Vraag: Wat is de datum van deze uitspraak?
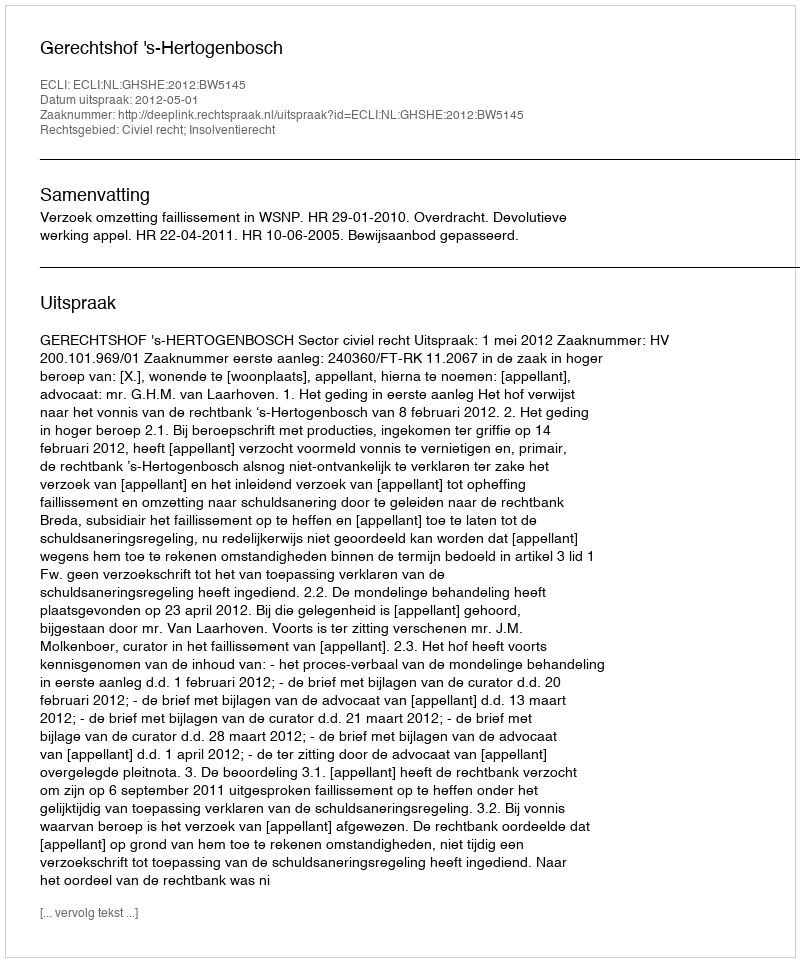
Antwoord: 2012-05-01